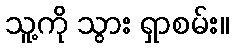
သူ့ကို သွား ရှာစမ်း။